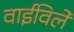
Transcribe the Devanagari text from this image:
वाईविले